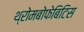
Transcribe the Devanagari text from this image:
थ्रोमबोफेबिटिस